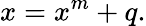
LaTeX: x=x^{m}+q.